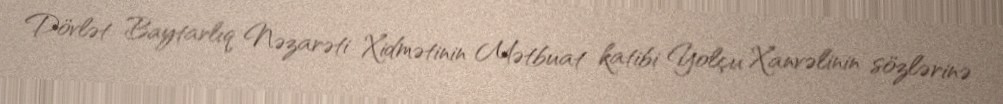
Dövlət Baytarlıq Nəzarəti Xidmətinin Mətbuat katibi Yolçu Xanvəlinin sözlərinə